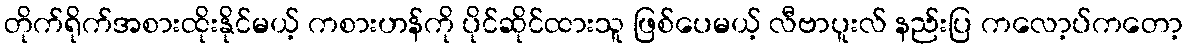
တိုက်ရိုက်အစားထိုးနိုင်မယ့် ကစားဟန်ကို ပိုင်ဆိုင်ထားသူ ဖြစ်ပေမယ့် လီဗာပူးလ် နည်းပြ ကလော့ပ်ကတော့